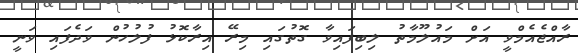
ރާއްޖެއެމްވީ އަށް މައުލޫމާތު ލިބިފައިވާ ގޮތުގައި މިރޭ އިރާކޮޅު ފުލުހުން ވަދެފައި ވަނީ